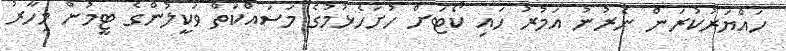
ހައްޔަރުކުރަން ނެރުނު އަމުރު ހައި ކޯޓަށް ހުށަހެޅުމުގެ މަސައްކަތް ވަކީލުންގެ ޓީމުން މިހާރު